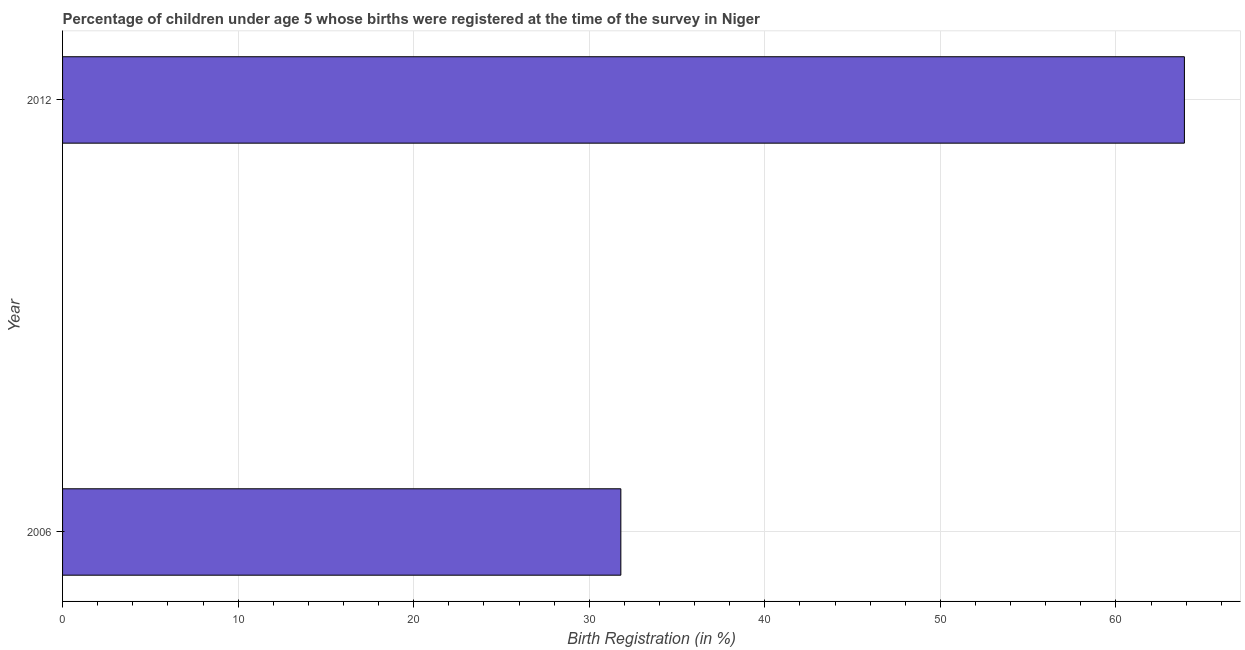
| Year | Birth registration |
 | --- | --- |
 | 2006 | 31.8 |
 | 2012 | 63.9 |